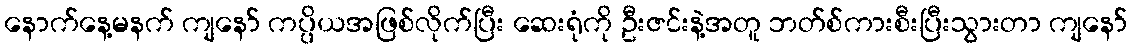
နောက်နေ့မနက် ကျနော် ကပ္ပိယအဖြစ်လိုက်ပြီး ဆေးရုံကို ဦးဇင်းနဲ့အတူ ဘတ်စ်ကားစီးပြီးသွားတာ ကျနော်